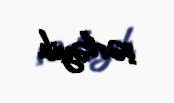
şərləyib.